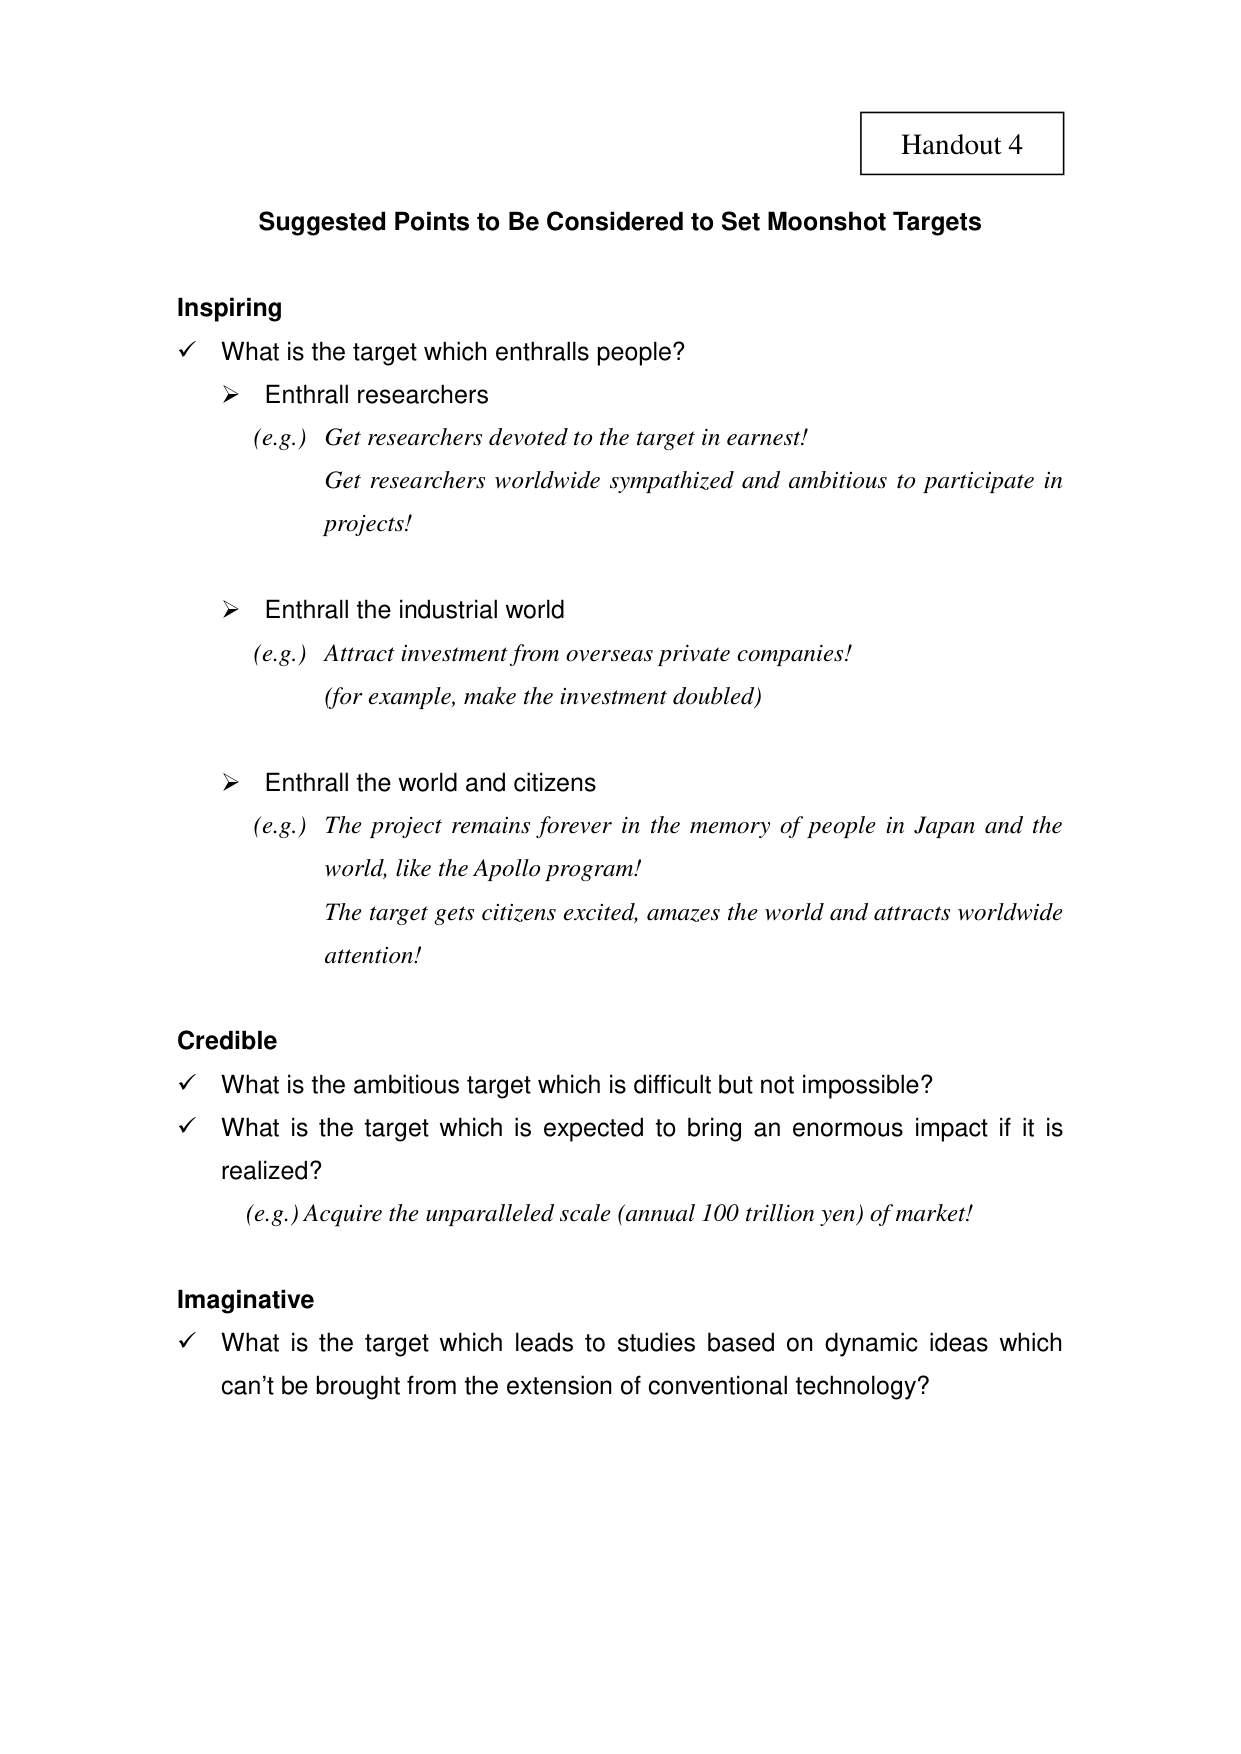
Handout 4

Suggested Points to Be Considered to Set Moonshot Targets

Inspiring
✓ What is the target which enthralls people?
➤ Enthrall researchers
(e.g.) Get researchers devoted to the target in earnest!
Get researchers worldwide sympathized and ambitious to participate in projects!

➤ Enthrall the industrial world
(e.g.) Attract investment from overseas private companies!
(for example, make the investment doubled)

➤ Enthrall the world and citizens
(e.g.) The project remains forever in the memory of people in Japan and the world, like the Apollo program!
The target gets citizens excited, amazes the world and attracts worldwide attention!

Credible
✓ What is the ambitious target which is difficult but not impossible?
✓ What is the target which is expected to bring an enormous impact if it is realized?
(e.g.) Acquire the unparalleled scale (annual 100 trillion yen) of market!

Imaginative
✓ What is the target which leads to studies based on dynamic ideas which can’t be brought from the extension of conventional technology?